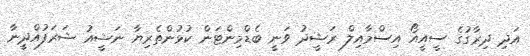
އަދި ދިރާގުގެ ސީއީއޯ އިސްމާއިލް ރަޝީދު ވަނީ ބެޑްމިންޓަން ކުޅުންތެރިޔާ ނަޝީއު ޝަރަފުއްދީނާ